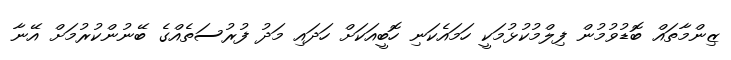
ޒިންމާތައް ބޮޑުވުމުން ފިލްމުކުޅުމަކީ ހަމައެކަނި ހޮބީއަކަށް ހަދައި މަދު ފުރުސަތެއްގެ ބޭނުންކުރުމަށް އޭނާ